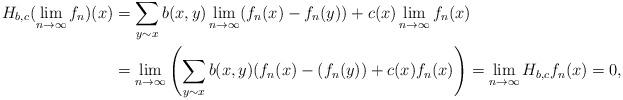
LaTeX: \begin{align*} H_{b,c}(\lim_{n \to \infty}f_n)(x) &= \sum_{y \sim x} b(x,y) \lim_{n \to \infty}(f_n(x) - f_n(y)) + c(x)\lim_{n \to \infty}f_n(x) \\ &= \lim_{n \to \infty}\left( \sum_{y \sim x} b(x,y)(f_n(x) - (f_n(y)) + c(x) f_n(x)\right) = \lim_{n \to \infty}H_{b,c}f_n(x) = 0,\end{align*}